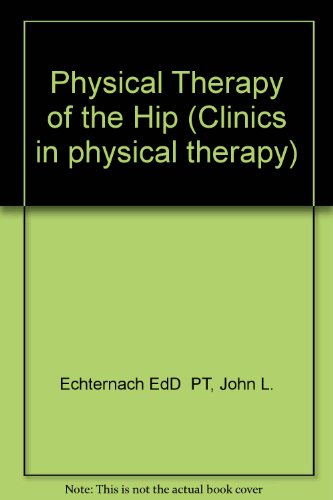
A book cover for Physical Therapy of the Hip (Clinics in Physical Therapy); Health, Fitness & Dieting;